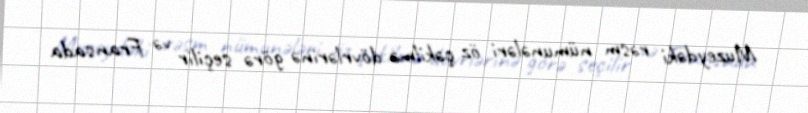
Muzeydəki rəsm nümunələri öz çəkilmə dövrlərinə görə seçilir və Fransada